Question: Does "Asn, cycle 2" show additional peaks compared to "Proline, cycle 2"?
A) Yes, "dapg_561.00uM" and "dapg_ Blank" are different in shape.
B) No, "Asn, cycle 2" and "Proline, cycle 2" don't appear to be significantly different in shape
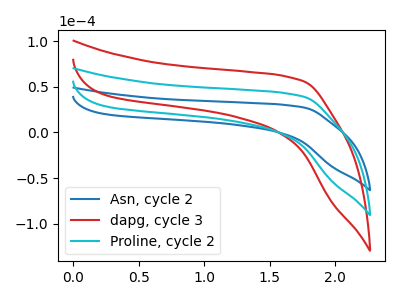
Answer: <think>The blue curve "Asn, cycle 2" has no peaks. The red curve "dapg, cycle 3" has no peaks. The cyan curve "Proline, cycle 2" has no peaks.
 Neither "Asn, cycle 2" or "Proline, cycle 2" have any peaks.</think>
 <answer>B) No, "Asn, cycle 2" and "Proline, cycle 2" don't appear to be significantly different in shape</answer>
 <eval>B</eval>